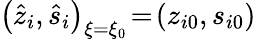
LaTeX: \big(\hat{z}_{i},\hat{s}_{i}\big)_{\xi=\xi_{0}}\! =\! (z_{i0},s_{i0})